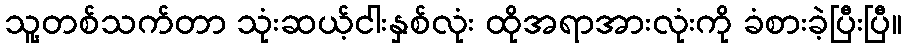
သူ့တစ်သက်တာ သုံးဆယ့်ငါးနှစ်လုံး ထိုအရာအားလုံးကို ခံစားခဲ့ပြီးပြီ။